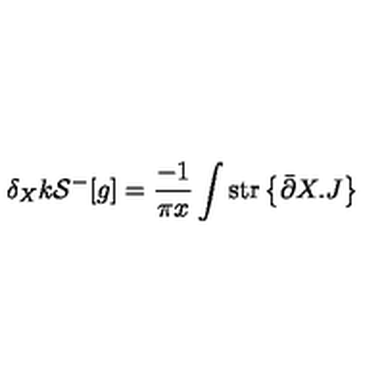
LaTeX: \delta _ { X } k { \cal S } ^ { - } [ g ] = \frac { - 1 } { \pi x } \int \mathrm { s t r } \left\{ \bar { \partial } X . J \right\} \,